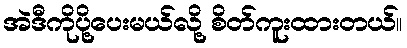
အဲဒီကိုပို့ပေးမယ်လို့ စိတ်ကူးထားတယ်။